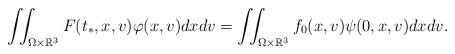
LaTeX: \begin{align*} \iint_{\Omega\times\mathbb{R}^3} F(t_*,x,v)\varphi(x,v) dxdv = \iint_{\Omega\times\mathbb{R}^3} f_0(x,v)\psi(0,x,v) dxdv. \end{align*}